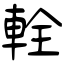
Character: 輇